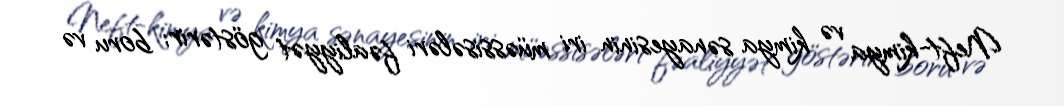
Neft-kimya və kimya sənayesinin iri müəssisələri fəaliyyət göstərir; boru və